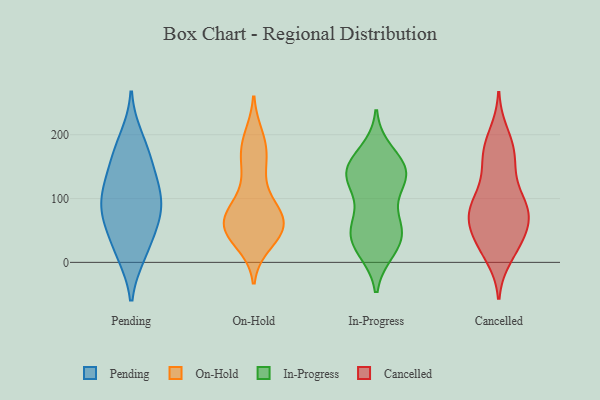
{"axis": {"x": "Humidity (%)", "y": "Value"}, "legend": ["Cancelled", "In-Progress", "On-Hold", "Pending"], "data": [{"x": "", "y": 173, "type": "Pending"}, {"x": "", "y": 51, "type": "Pending"}, {"x": "", "y": 80, "type": "Pending"}, {"x": "", "y": 159, "type": "Pending"}, {"x": "", "y": 82, "type": "Pending"}, {"x": "", "y": 116, "type": "Pending"}, {"x": "", "y": 59, "type": "Pending"}, {"x": "", "y": 13, "type": "Pending"}, {"x": "", "y": 111, "type": "Pending"}, {"x": "", "y": 195, "type": "Pending"}, {"x": "", "y": 13, "type": "Pending"}, {"x": "", "y": 134, "type": "Pending"}, {"x": "", "y": 92, "type": "Pending"}, {"x": "", "y": 196, "type": "On-Hold"}, {"x": "", "y": 184, "type": "On-Hold"}, {"x": "", "y": 76, "type": "On-Hold"}, {"x": "", "y": 40, "type": "On-Hold"}, {"x": "", "y": 155, "type": "On-Hold"}, {"x": "", "y": 163, "type": "On-Hold"}, {"x": "", "y": 55, "type": "On-Hold"}, {"x": "", "y": 53, "type": "On-Hold"}, {"x": "", "y": 103, "type": "On-Hold"}, {"x": "", "y": 140, "type": "On-Hold"}, {"x": "", "y": 65, "type": "On-Hold"}, {"x": "", "y": 61, "type": "On-Hold"}, {"x": "", "y": 79, "type": "On-Hold"}, {"x": "", "y": 49, "type": "On-Hold"}, {"x": "", "y": 49, "type": "On-Hold"}, {"x": "", "y": 47, "type": "On-Hold"}, {"x": "", "y": 189, "type": "On-Hold"}, {"x": "", "y": 31, "type": "On-Hold"}, {"x": "", "y": 74, "type": "On-Hold"}, {"x": "", "y": 84, "type": "On-Hold"}, {"x": "", "y": 172, "type": "In-Progress"}, {"x": "", "y": 47, "type": "In-Progress"}, {"x": "", "y": 145, "type": "In-Progress"}, {"x": "", "y": 26, "type": "In-Progress"}, {"x": "", "y": 20, "type": "In-Progress"}, {"x": "", "y": 57, "type": "In-Progress"}, {"x": "", "y": 59, "type": "In-Progress"}, {"x": "", "y": 137, "type": "In-Progress"}, {"x": "", "y": 133, "type": "In-Progress"}, {"x": "", "y": 147, "type": "In-Progress"}, {"x": "", "y": 28, "type": "In-Progress"}, {"x": "", "y": 125, "type": "In-Progress"}, {"x": "", "y": 60, "type": "In-Progress"}, {"x": "", "y": 125, "type": "In-Progress"}, {"x": "", "y": 152, "type": "In-Progress"}, {"x": "", "y": 82, "type": "Cancelled"}, {"x": "", "y": 90, "type": "Cancelled"}, {"x": "", "y": 62, "type": "Cancelled"}, {"x": "", "y": 100, "type": "Cancelled"}, {"x": "", "y": 10, "type": "Cancelled"}, {"x": "", "y": 200, "type": "Cancelled"}, {"x": "", "y": 180, "type": "Cancelled"}, {"x": "", "y": 21, "type": "Cancelled"}, {"x": "", "y": 99, "type": "Cancelled"}, {"x": "", "y": 77, "type": "Cancelled"}, {"x": "", "y": 157, "type": "Cancelled"}, {"x": "", "y": 163, "type": "Cancelled"}, {"x": "", "y": 64, "type": "Cancelled"}, {"x": "", "y": 29, "type": "Cancelled"}, {"x": "", "y": 179, "type": "Cancelled"}, {"x": "", "y": 40, "type": "Cancelled"}, {"x": "", "y": 137, "type": "Cancelled"}, {"x": "", "y": 76, "type": "Cancelled"}, {"x": "", "y": 75, "type": "Cancelled"}, {"x": "", "y": 33, "type": "Cancelled"}]}